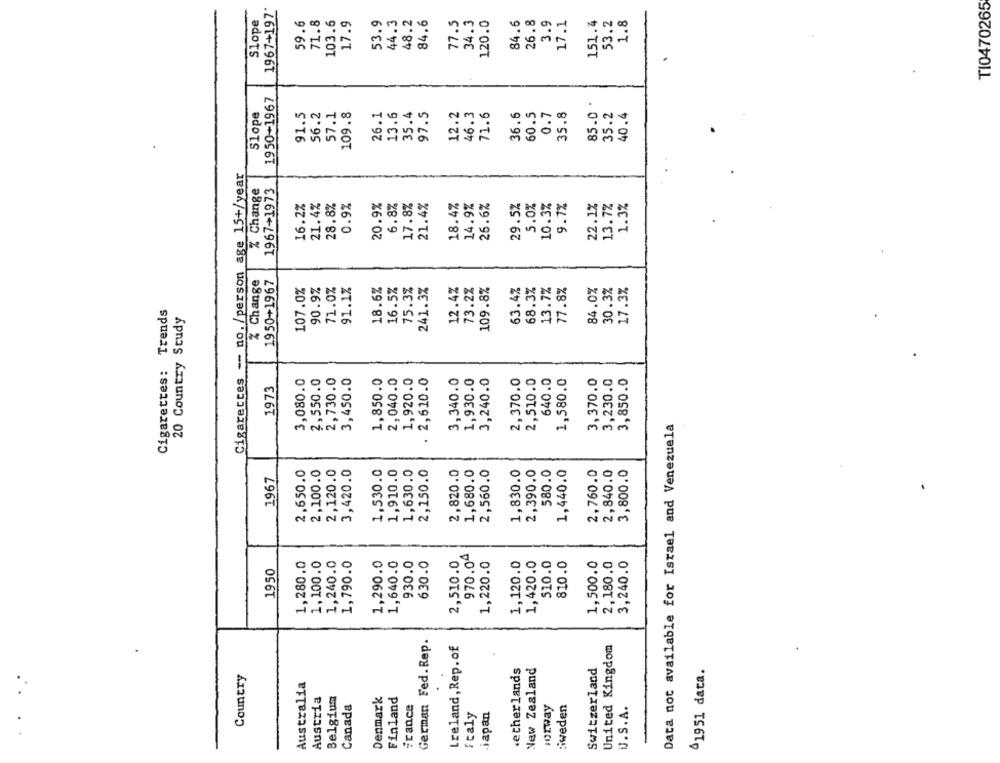
1967+197*
T10470265
Slope
59.6
71.8
103.6
17.9
53.9
44.3
48.2
84.6
77.5
34.3
120.0
84.6
26.8
3.9
17.1
151.4
53.2
1.8
1950-1967
85.0 .
Slope
91.5
56.2
57.1
109.8
13.6
97.5
12.2
46.3
71.6
36.6
60.5
0.7
35.8
35.2
40.4
Cigarettes -- no. /person age 15+/year
% Change
1967+1973
16.2%
21.4%
28.8%
0.9%
20.9%
6.8%
17.8%
21.4%
18.4%
14.9%
26.6%
29.5%
5.0%
10.37
9.7%
22.1%
13.7%
1.3%
% Change
1950+1967
107.0%
90.9%
71.0%
91.1%
18.6%
16.5%
75.37
241.3%
12.4%
73.2%
109.8%
63.4%
68.37
13.7%
77.8%
84.07
30.37
17.3%
Cigarettes: Trends
20 Country Study
3,080.0
2,550.0
2,730.0
3,450.0
1,850.0
2,040.0
1,920.0
2,610.0
3,340.0
1,930.0
3,240.0
2,370.0
2,510.0
640.0
1,580.0
3,370.0
3,230.0
3,850.0
1973
Data not available for Israel and Venezuela
2,650.0
2,100.0
2,120.0
3,420.0
1,530.0
1,910.0
1,630.0
2,150.0
2,820.0
1,680.0
2,560.0
1,830.0
2,390.0
580.0
1,440.0
2,760.0
2,840.0
3,800.0
1967
970.04
1,280.0
1,100.0
1,240.0
1,790.0
1,290.0
1,640.0
930.0
630.0
2,510.0
1,220.0
1,120.0
1,420.0
510.0
810.0
1,500.0
2,180.0
3,240.0
1950
German Fed. Rep.
Ireland, Rep.of
United Kingdom
.etherlands
New Zealand
Switzerland
41951 data.
Country
Australia
Austria
Belgium
Denmark
Finland
Canada
France
:orway
Biweden
U.S.A.
italy
.japan